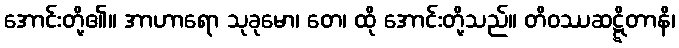
အောင်းတို့၏။ အာဟာရော သုခုမော၊ တေ၊ ထို အောင်းတို့သည်။ တိဝဿဆဋ္ဋိတာနိ၊